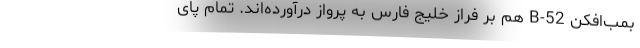
بمب‌افکن B-52 هم بر فراز خلیج فارس به پرواز درآورده‌اند. تمام پای